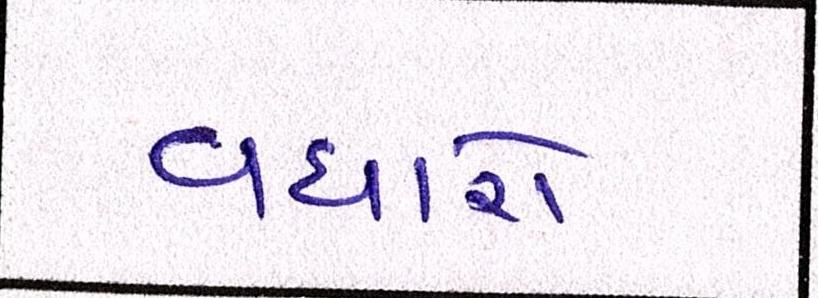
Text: વધારો